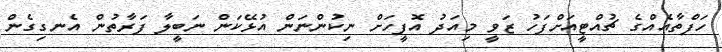
ހަފްތާއެއްގެ ޗުއްޓީއަށްފަހު ޒަވީ މިއަދު އޮފީހަށް ނިކުންނަން އުޅޭކަން ނަބީލާ ފަރާތުން އެނގިގެން